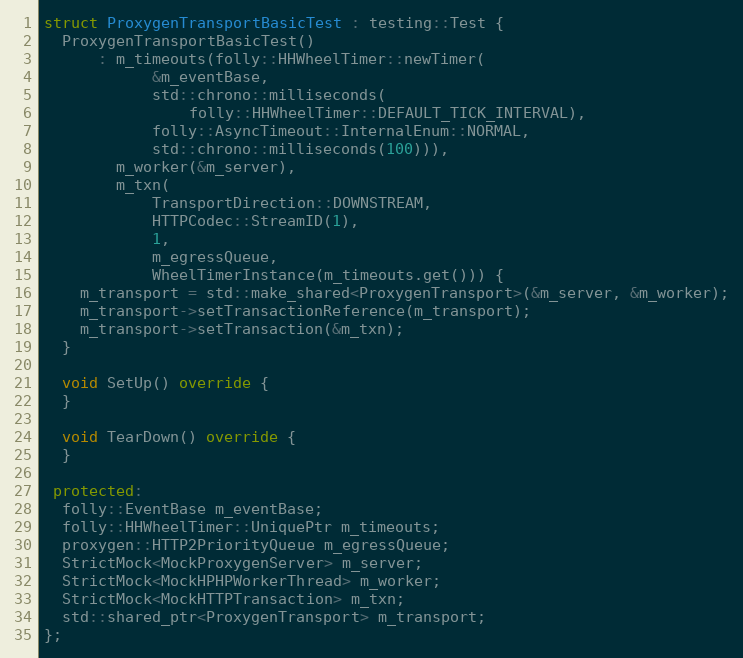
Language: C++
struct ProxygenTransportBasicTest : testing::Test {
  ProxygenTransportBasicTest()
      : m_timeouts(folly::HHWheelTimer::newTimer(
            &m_eventBase,
            std::chrono::milliseconds(
                folly::HHWheelTimer::DEFAULT_TICK_INTERVAL),
            folly::AsyncTimeout::InternalEnum::NORMAL,
            std::chrono::milliseconds(100))),
        m_worker(&m_server),
        m_txn(
            TransportDirection::DOWNSTREAM,
            HTTPCodec::StreamID(1),
            1,
            m_egressQueue,
            WheelTimerInstance(m_timeouts.get())) {
    m_transport = std::make_shared<ProxygenTransport>(&m_server, &m_worker);
    m_transport->setTransactionReference(m_transport);
    m_transport->setTransaction(&m_txn);
  }

  void SetUp() override {
  }

  void TearDown() override {
  }

 protected:
  folly::EventBase m_eventBase;
  folly::HHWheelTimer::UniquePtr m_timeouts;
  proxygen::HTTP2PriorityQueue m_egressQueue;
  StrictMock<MockProxygenServer> m_server;
  StrictMock<MockHPHPWorkerThread> m_worker;
  StrictMock<MockHTTPTransaction> m_txn;
  std::shared_ptr<ProxygenTransport> m_transport;
};